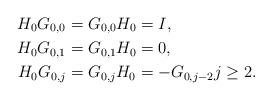
LaTeX: \begin{align*}H_0G_{0,0}&=G_{0,0}H_0=I,\\ H_0G_{0,1}&=G_{0,1}H_0=0,\\ H_0G_{0,j}&=G_{0,j}H_0=-G_{0,j-2}j\ge 2.\end{align*}